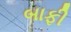
બાફી